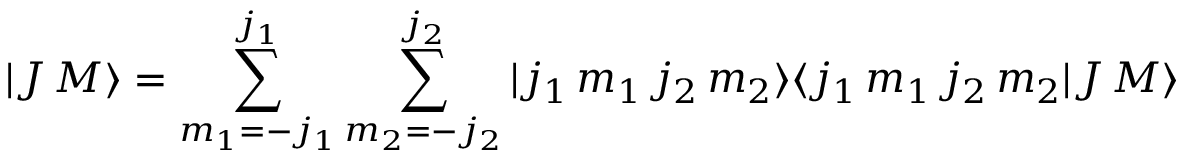
| J \, M \rangle = \sum _ { m _ { 1 } = - j _ { 1 } } ^ { j _ { 1 } } \sum _ { m _ { 2 } = - j _ { 2 } } ^ { j _ { 2 } } | j _ { 1 } \, m _ { 1 } \, j _ { 2 } \, m _ { 2 } \rangle \langle j _ { 1 } \, m _ { 1 } \, j _ { 2 } \, m _ { 2 } | J \, M \rangle